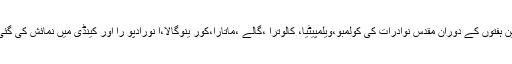
تین ہفتوں کے دوران مقدس نوادرات کی کولمبو،ویلمپیٹیا، کالوترا ،گالے ،ماتارا،کور ینوگالا،ا نورادپو را اور کینڈی میں نمائش کی گئی۔